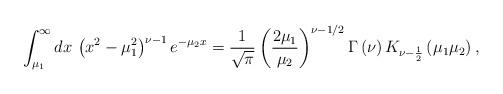
LaTeX: \begin{align*}\int _{\mu _{1}}^{\infty }dx\, \left(x^{2}-\mu _{1}^{2}\right)^{\nu -1}e^{-\mu _{2}x}=\frac{1}{\sqrt{\pi }}\left(\frac{2\mu _{1}}{\mu _{2}}\right)^{\nu -1/2}\Gamma \left(\nu \right)K_{\nu -\frac{1}{2}}\left(\mu _{1}\mu _{2}\right),\end{align*}